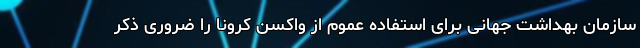
سازمان بهداشت جهانی برای استفاده عموم از واکسن کرونا را ضروری ذکر